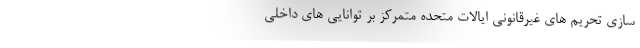
سازی تحریم های غیرقانونی ایالات متحده متمرکز بر توانایی های داخلی